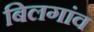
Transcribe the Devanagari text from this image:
बिलगांव